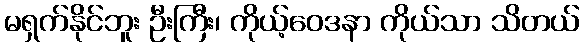
မရှက်နိုင်ဘူး ဦးကြီး၊ ကိုယ့်ဝေဒနာ ကိုယ်သာ သိတယ်